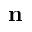
\bf { n }